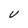
Character: V